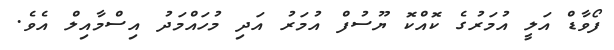
ފޯވާޑް އަލީ އުމަރުގެ ކޮއްކޮ ޔޫސުފް އުމަރު އަދި މުހައްމަދު އިސްމާއިލް އެވެ.